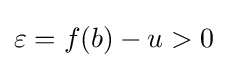
\varepsilon =f(b)-u>0